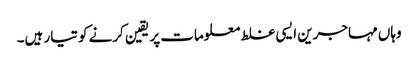
وہاں مہاجرین ایسی غلط معلومات پر یقین کرنے کو تیار ہیں۔